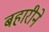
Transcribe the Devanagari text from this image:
बहारीने